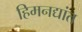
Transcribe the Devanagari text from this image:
हिमनद्यांत